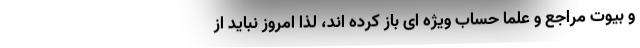
و بیوت مراجع و علما حساب ویژه ای باز کرده اند، لذا امروز نباید از